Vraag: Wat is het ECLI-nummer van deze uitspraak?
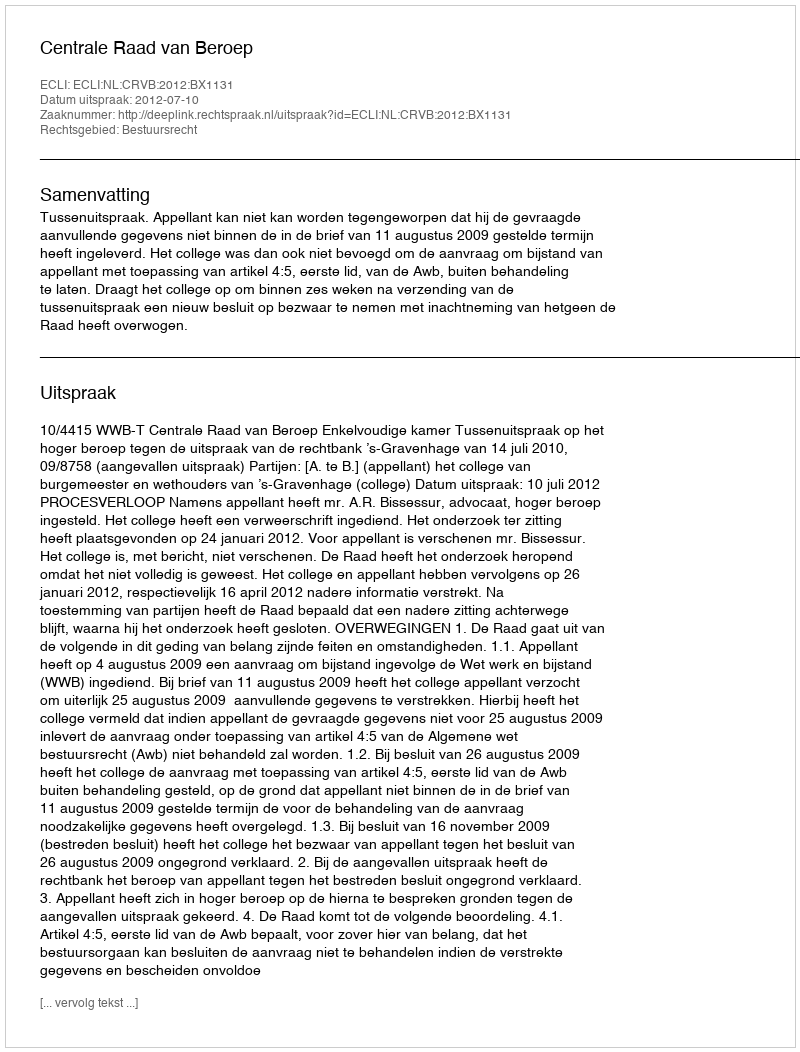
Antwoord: ECLI:NL:CRVB:2012:BX1131